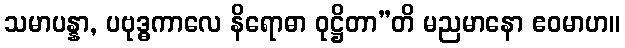
သမာပန္နာ, ပဗုဒ္ဓကာလေ နိရောဓာ ဝုဋ္ဌိတာ”တိ မညမာနော ဧဝမာဟ။